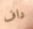
داف